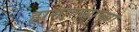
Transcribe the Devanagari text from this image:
हामालयाच्या